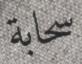
سحابة